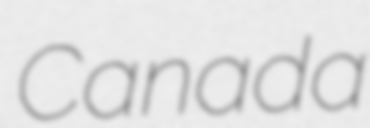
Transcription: Canada